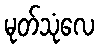
မုတ်သုံလေ